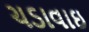
ચડાવાઇ